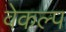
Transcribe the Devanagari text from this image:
वेकल्प